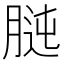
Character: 𦝊